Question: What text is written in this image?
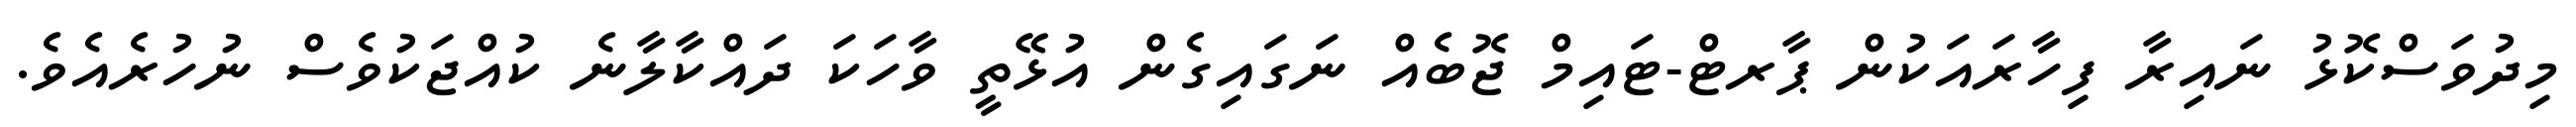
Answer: މިދުވަސްކޮޅު ނައިރާ ފިހާރައަކުން ޕާރޓް-ޓައިމް ޖޮބެއް ނަގައިގެން އުޅޭތީ ވާހަކަ ދައްކާލާނެ ކުއްޖަކުވެސް ނުހުރެއެވެ.